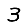
Digit: 3